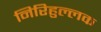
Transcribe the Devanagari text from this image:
निरिहुल्लक